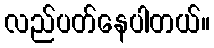
လည်ပတ်နေပါတယ်။